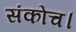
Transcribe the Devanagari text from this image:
संकोच।